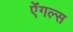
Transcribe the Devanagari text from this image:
ऐंगल्स